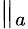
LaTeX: \Vert_{a}